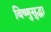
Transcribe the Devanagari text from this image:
विष्णुसुद्धा